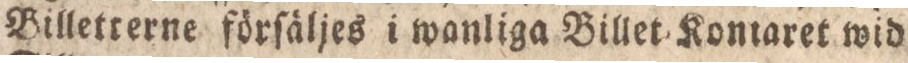
Billetrerne förſäljes i wanliga Billet Kontaret wid